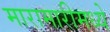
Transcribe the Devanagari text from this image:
मारामारीमध्ये